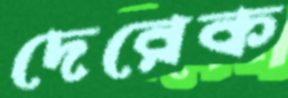
দেরেক